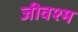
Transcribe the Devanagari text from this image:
जीवश्म